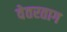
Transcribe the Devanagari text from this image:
वेतरताग